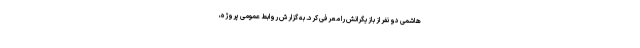
هاشمی دو نفر از بازیگرانش را معرفی کرد. به گزارش روابط عمومی پروژه،